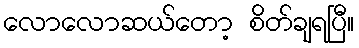
လောလောဆယ်တော့ စိတ်ချရပြီ။